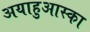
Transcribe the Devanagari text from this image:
अयाहुआस्का